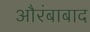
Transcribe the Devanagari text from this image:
औरंबाबाद